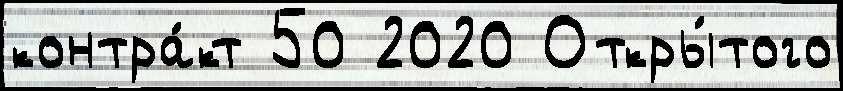
контра́кт 50 2020 Откры́того